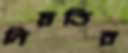
নিয়তির